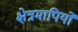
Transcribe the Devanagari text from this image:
क्षेत्रमापियों